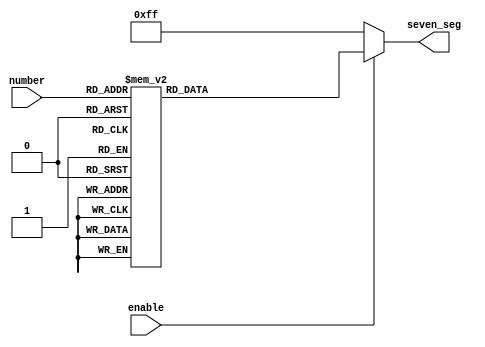
module Hex7Seg(
    input [3:0] number,
    output reg [7:0] seven_seg,
    input enable
);

always @(*) begin
    seven_seg <= 8'hFF;
    if (enable)
    case (number)
      4'h0: seven_seg <= 8'b11000000; 
      4'h1: seven_seg <= 8'b11111001; 
      4'h2: seven_seg <= 8'b10100100; 
      4'h3: seven_seg <= 8'b10110000; 
      4'h4: seven_seg <= 8'b10011001; 
      4'h5: seven_seg <= 8'b10010010; 
      4'h6: seven_seg <= 8'b10000010; 
      4'h7: seven_seg <= 8'b11111000; 
      4'h8: seven_seg <= 8'b10000000; 
      4'h9: seven_seg <= 8'b10010000; 
      4'hA: seven_seg <= 8'b10001000; 
      4'hB: seven_seg <= 8'b10000011; 
      4'hC: seven_seg <= 8'b11000110; 
      4'hD: seven_seg <= 8'b10100001; 
      4'hE: seven_seg <= 8'b10000110; 
      4'hF: seven_seg <= 8'b10001110; 
      default: seven_seg <= 8'b00000000;
    endcase
end


endmodule